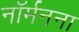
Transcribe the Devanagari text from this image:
नॉर्मनना